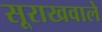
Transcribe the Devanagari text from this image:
सूराखवाले